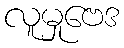
လူမှုဗေဒ